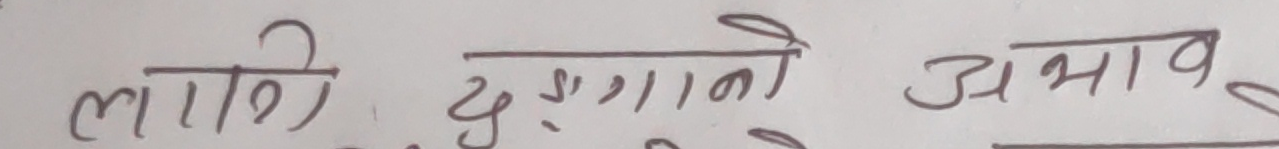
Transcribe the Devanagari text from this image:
लागि दुर्गनाको अभाव